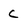
Character: c